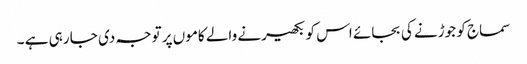
سماج کو جوڑنے کی بجائے اس کو بکھیرنے والے کاموں پر توجہ دی جا رہی ہے ۔